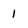
Character: 1